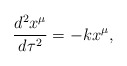
\begin{align*}\frac{d^{2}x^{\mu}}{d\tau^{2}}=-kx^{\mu} ,\end{align*}